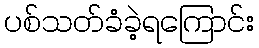
ပစ်သတ်ခံခဲ့ရကြောင်း